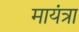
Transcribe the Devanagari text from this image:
मायंत्रा